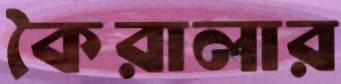
কৈরালার